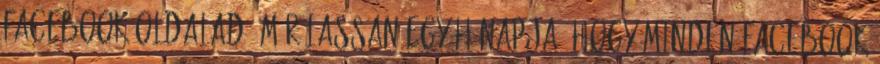
Facebook oldalad? Már lassan egy hónapja, hogy minden Facebook